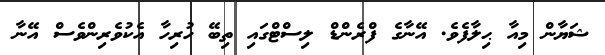
ޝަޔާން މިއާ ޙިލާފެވެ. އޭނާގެ ފްރެންޑް ލިސްޓްގައި ތިބޭ ހުރިހާ އެކުވެރިންވެސް އޭނާ